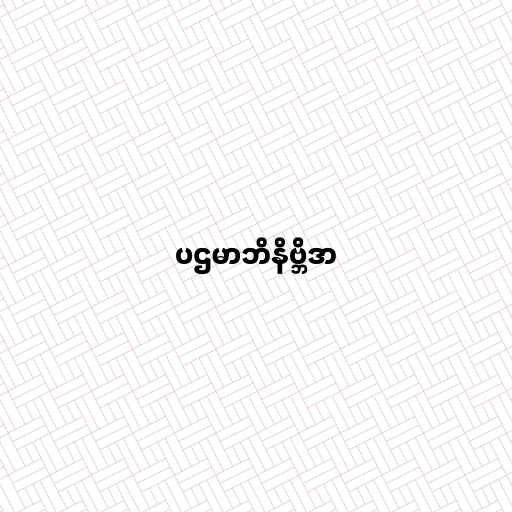
ပဌမာဘိနိဗ္ဘိဒာ